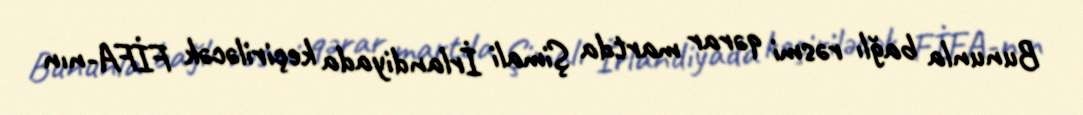
Bununla bağlı rəsmi qərar martda Şimali İrlandiyada keçiriləcək FİFA-nın